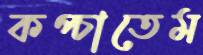
কপ্‌চাতেম